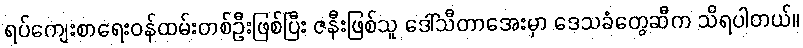
ရပ်ကျေးစာရေးဝန်ထမ်းတစ်ဦးဖြစ်ပြီး ဇနီးဖြစ်သူ ဒေါ်သီတာအေးမှာ ဒေသခံတွေဆီက သိရပါတယ်။